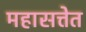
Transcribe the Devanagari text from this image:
महासत्तेत